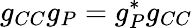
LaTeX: g_{CC}g_{P}=g_{P}^{*}g_{CC}